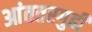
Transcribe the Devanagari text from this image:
आंततरगुही